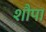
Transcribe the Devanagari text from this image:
शौपा